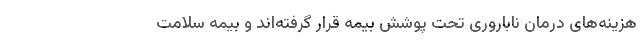
هزینه‌های درمان ناباروری تحت پوشش بیمه قرار گرفته‌اند و بیمه سلامت